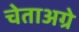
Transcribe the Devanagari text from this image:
चेताअग्रे